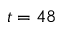
t = 4 8